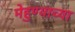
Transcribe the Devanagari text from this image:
मेहुण्याच्या